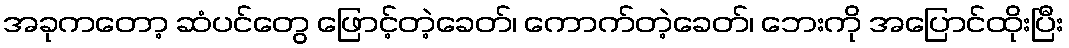
အခုကတော့ ဆံပင်တွေ ဖြောင့်တဲ့ခေတ်၊ ကောက်တဲ့ခေတ်၊ ဘေးကို အပြောင်ထိုးပြီး